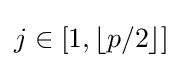
j\in [1,\lfloor p/2\rfloor ]